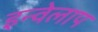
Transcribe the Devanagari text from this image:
इन्वेलाप